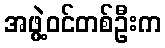
အဖွဲ့ဝင်တစ်ဦးက